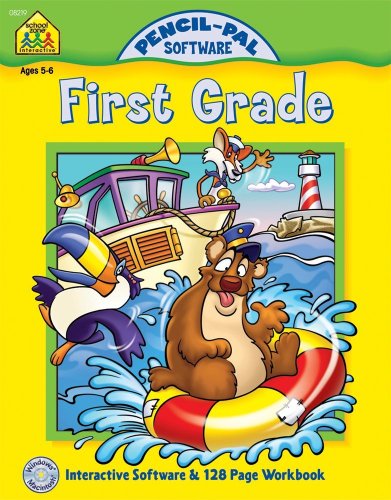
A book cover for First Grade (Pencil-Pal Software); Judy Giglio; Children's Books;